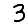
Digit: 3